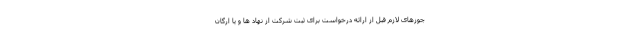
جوزهای لازم قبل از ارائه درخواست برای ثبت شرکت از نهاد ها و یا ارگان